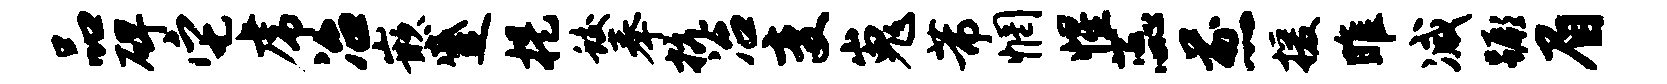
品碑它虎冶嵌蹙提蛟奉抗冶变嵬芾惘惺蕊煎援雎减蹶眉